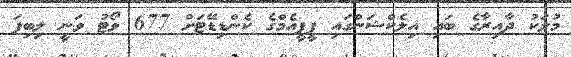
މުލަކު ދާއިރާގެ ބައި އިލެކްޝަންގައި ޕީޕީއެމްގެ ކެންޑިޑޭޓަށް 677 ވޯޓު ވަނީ ލިބިފަ